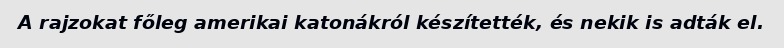
A rajzokat főleg amerikai katonákról készítették, és nekik is adták el.